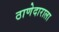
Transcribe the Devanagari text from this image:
ठाणेदाराला